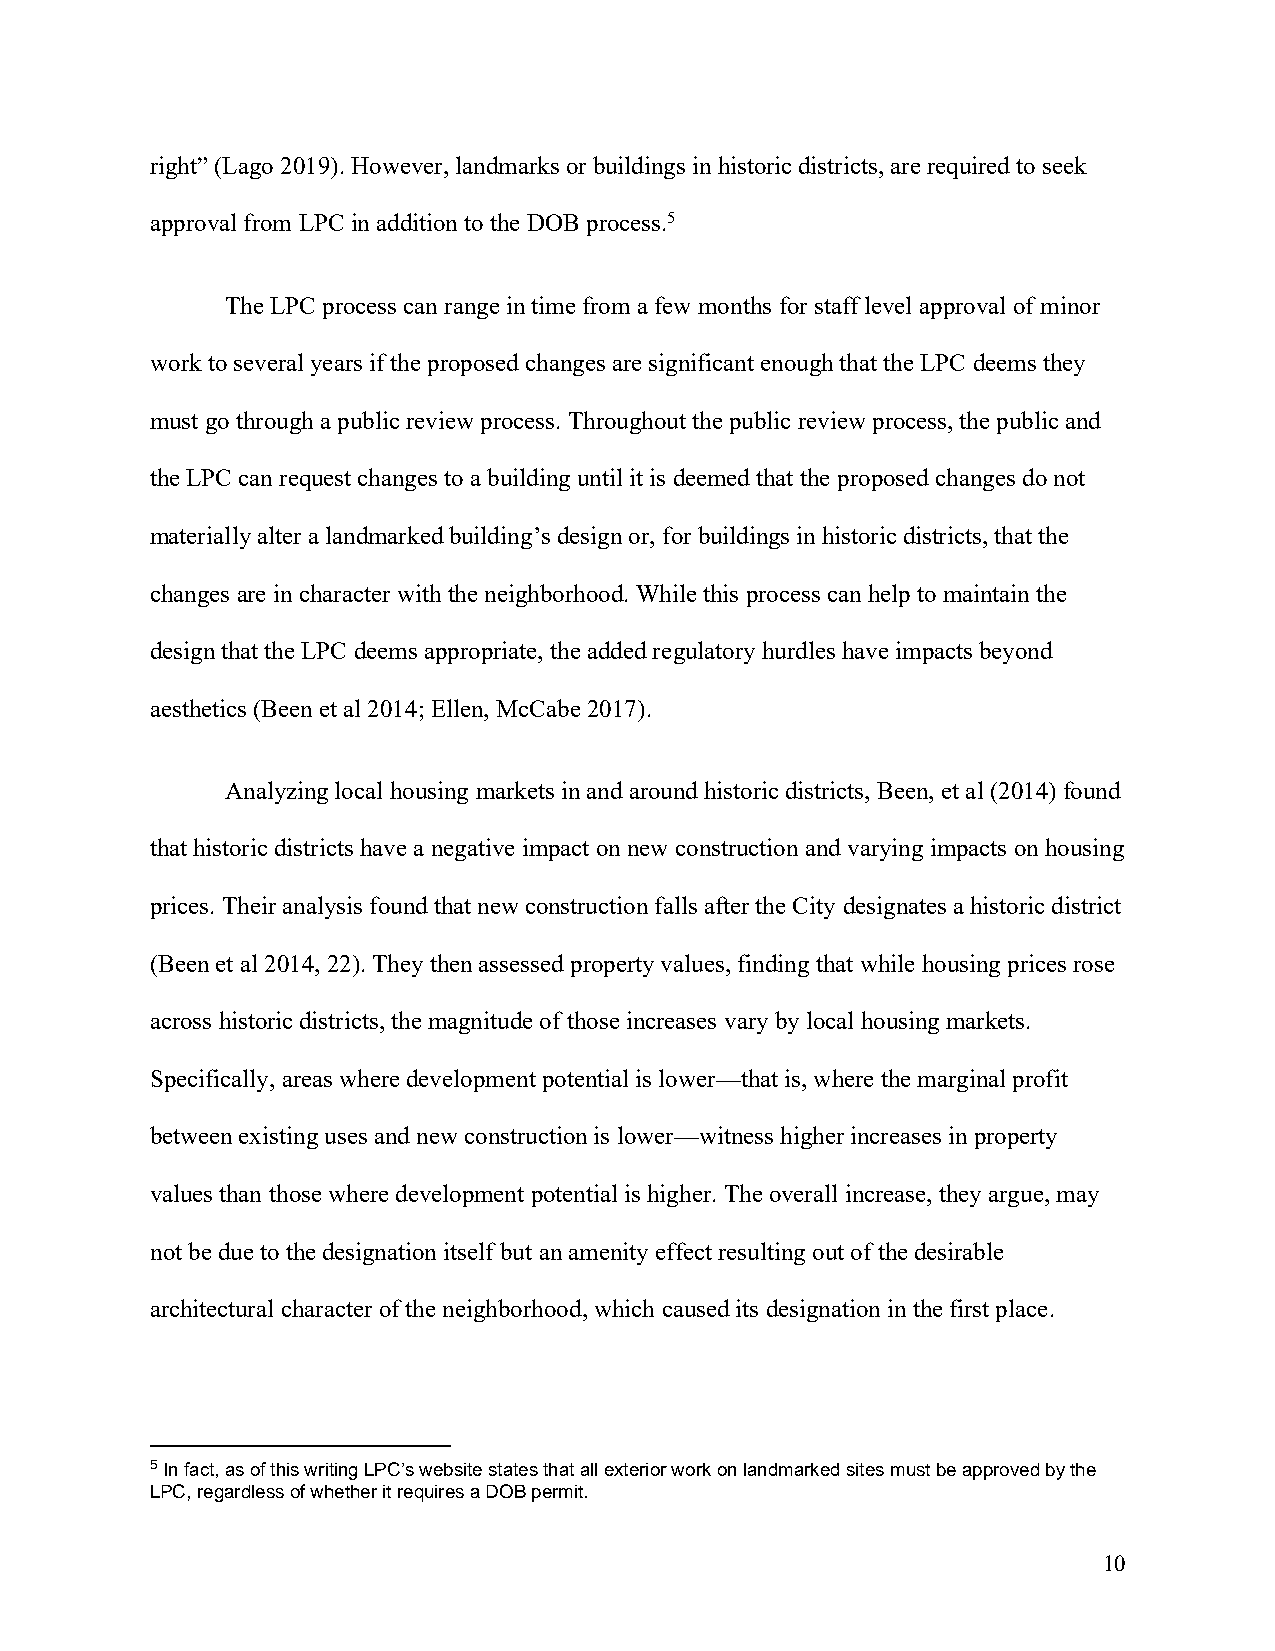
right” (Lago 2019). However, landmarks or buildings in historic districts, are required to seek
 approval from LPC in addition to the DOB process.5
 The LPC process can range in time from a few months for staff level approval of minor
 work to several years if the proposed changes are significant enough that the LPC deems they
 must go through a public review process. Throughout the public review process, the public and
 the LPC can request changes to a building until it is deemed that the proposed changes do not
 materially alter a landmarked building’s design or, for buildings in historic districts, that the
 changes are in character with the neighborhood. While this process can help to maintain the
 design that the LPC deems appropriate, the added regulatory hurdles have impacts beyond
 aesthetics (Been et al 2014; Ellen, McCabe 2017).
 Analyzing local housing markets in and around historic districts, Been, et al (2014) found
 that historic districts have a negative impact on new construction and varying impacts on housing
 prices. Their analysis found that new construction falls after the City designates a historic district
 (Been et al 2014, 22). They then assessed property values, finding that while housing prices rose
 across historic districts, the magnitude of those increases vary by local housing markets.
 Specifically, areas where development potential is lower—that is, where the marginal profit
 between existing uses and new construction is lower—witness higher increases in property
 values than those where development potential is higher. The overall increase, they argue, may
 not be due to the designation itself but an amenity effect resulting out of the desirable
 architectural character of the neighborhood, which caused its designation in the first place.
 5 In fact, as of this writing LPC’s website states that all exterior work on landmarked sites must be approved by the
 LPC, regardless of whether it requires a DOB permit.
 10